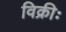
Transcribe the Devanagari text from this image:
विक्रीः